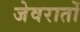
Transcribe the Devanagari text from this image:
जेवरातों